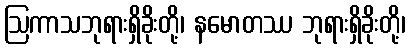
ဩကာသဘုရားရှိခိုးတို့၊ နမောတဿ ဘုရားရှိခိုးတို့၊